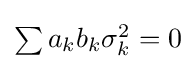
{\textstyle \sum {a_{k}b_{k}\sigma _{k}^{2}=0}}